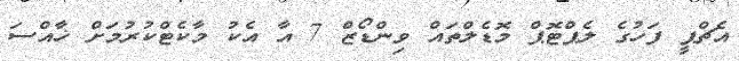
އެޗްޕީ ފަހުގެ ލެޕްޓޮޕް މޮޑެލްތައް ވިންޑޯޒް 7 އާ އެކު މާކެޓްކުރުމަށް ޚާއްސަ